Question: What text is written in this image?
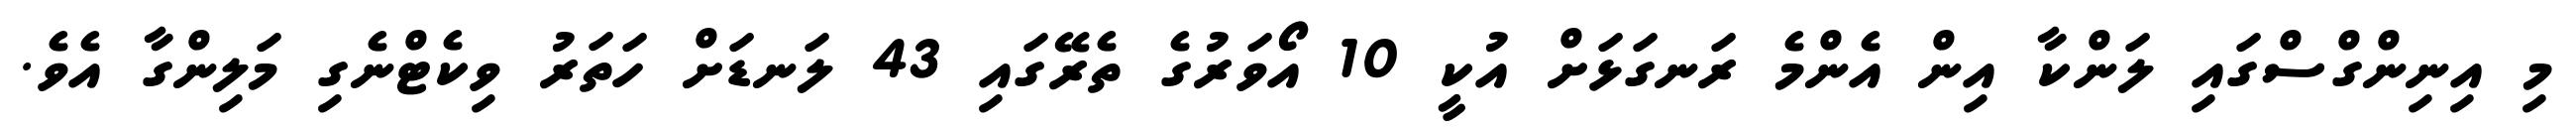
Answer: މި އިނިންގްސްގައި ލަންކާ އިން އެންމެ ރަނގަޅަށް އުކީ 10 އޯވަރުގެ ތެރޭގައި 43 ލަނޑަށް ހަތަރު ވިކެޓްނެގި މަލިންގާ އެވެ.